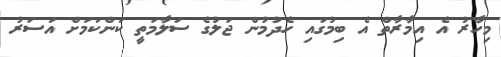
މިހާރު އެ އިމާރާތް އެ ބިމުގައި ހެދުމުން ޖަލުގެ ސަލާމަތީ ކަންކަމަށް އަސަރު